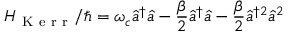
H _ { \mathrm { ~ K ~ e ~ r ~ r ~ } } / \hbar = \omega _ { c } \hat { a } ^ { \dagger } \hat { a } - \frac { \beta } { 2 } \hat { a } ^ { \dagger } \hat { a } - \frac { \beta } { 2 } \hat { a } ^ { \dagger 2 } \hat { a } ^ { 2 }